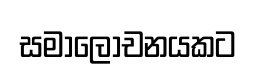
සමාලෝචනයකට